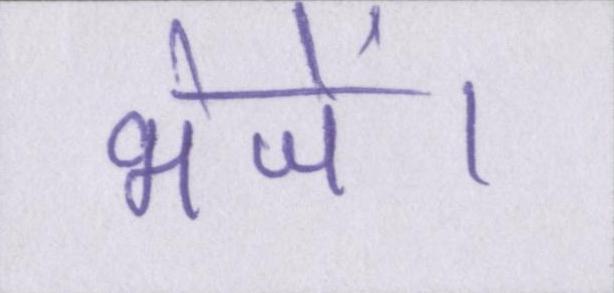
भेजें।